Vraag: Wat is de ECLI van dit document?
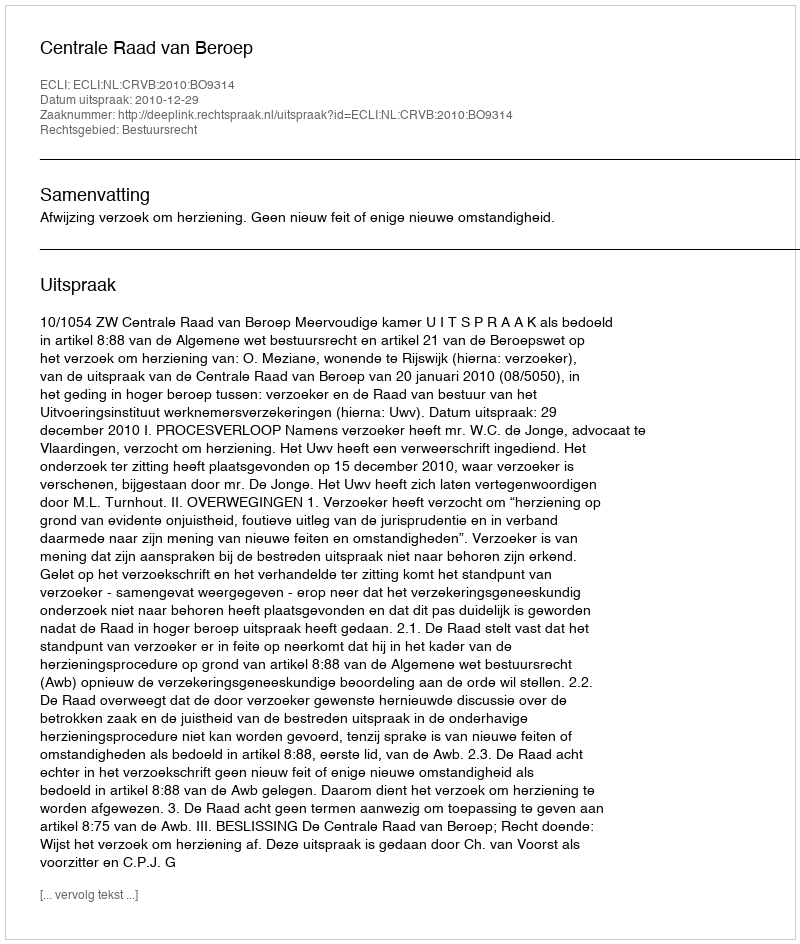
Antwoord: ECLI:NL:CRVB:2010:BO9314